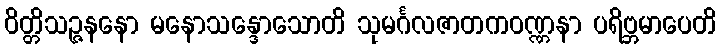
ဝိတ္တိသဉ္ဇနနော မနောသန္ဒောသောတိ သုမင်္ဂလဇာတကဝဏ္ဏနာ ပရိဗ္ဘမာပေတိ